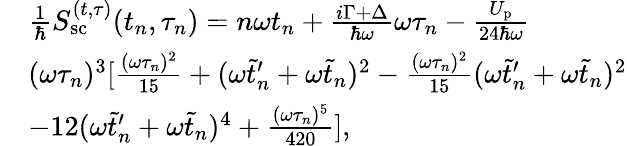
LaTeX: \begin{array}{rl}&{\frac{1}{\hbar}S_{\mathrm{sc}}^{(t,\tau)}(t_{n},\tau_{n})=n\omega t_{n}+\frac{i\Gamma+\Delta}{\hbar\omega}\omega\tau_{n}-\frac{U_{\mathrm{p}}}{24\hbar\omega}}\\ &{(\omega\tau_{n})^{3}[\frac{(\omega\tau_{n})^{2}}{15}+(\omega\tilde{t}_{n}^{\prime}+\omega\tilde{t}_{n})^{2}-\frac{(\omega\tau_{n})^{2}}{15}(\omega\tilde{t}_{n}^{\prime}+\omega\tilde{t}_{n})^{2}}\\ &{-{12}(\omega\tilde{t}_{n}^{\prime}+\omega\tilde{t}_{n})^{4}+\frac{(\omega\tau_{n})^{5}}{420}],}\end{array}